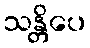
သန္တိပေ